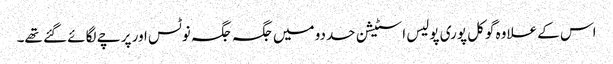
اس کے علاوہ گوکل پوری پولیس اسٹیشن حددو میں جگہ جگہ نوٹس اور پرچے لگائے گئے تھے۔